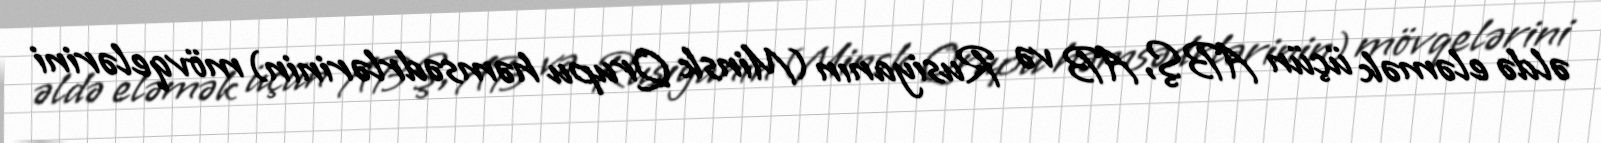
əldə eləmək üçün ABŞ, AB və Rusiyanın (Minsk Qrupu həmsədrlərinin) mövqelərini